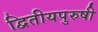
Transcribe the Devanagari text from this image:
द्वितीयपुरुषी